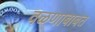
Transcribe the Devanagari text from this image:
वळणाबाबत